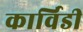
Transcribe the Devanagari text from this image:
कार्विडी